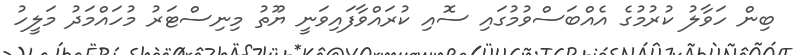
ބިން ހަވާލު ކުރުމުގެ އެއްބަސްވުމުގައި ސޮއި ކުރައްވާފައިވަނީ ޔޫތު މިނިސްޓަރު މުހައްމަދު މަލީހު